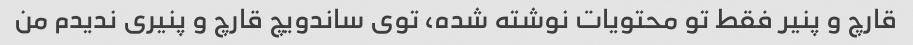
قارچ و پنیر فقط تو محتویات نوشته شده، توی ساندویچ قارچ و پنیری ندیدم من